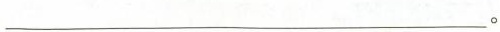
___。